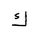
Letter: _kaf